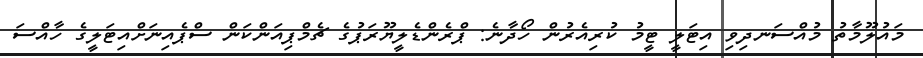
މައުލޫމާތު މުއްސަނދިވި އިޓަލީ ޓީމު ކުރިއެރުން ހޯދާނެ: ޕްރެންޑެލީޔޫރަޕުގެ ޗެމްޕިއަންކަން ސްޕެއިނަށްއިޓަލީގެ ހާއްސަ